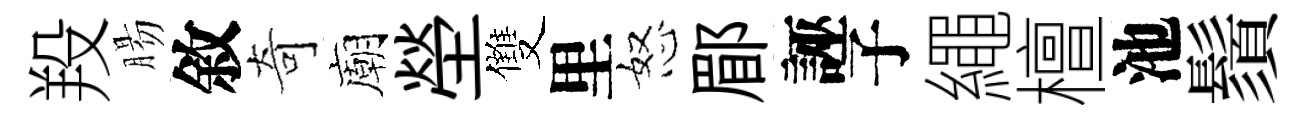
羖腸敘奇廟塋雙里怒郿誣子繩檀池鬚